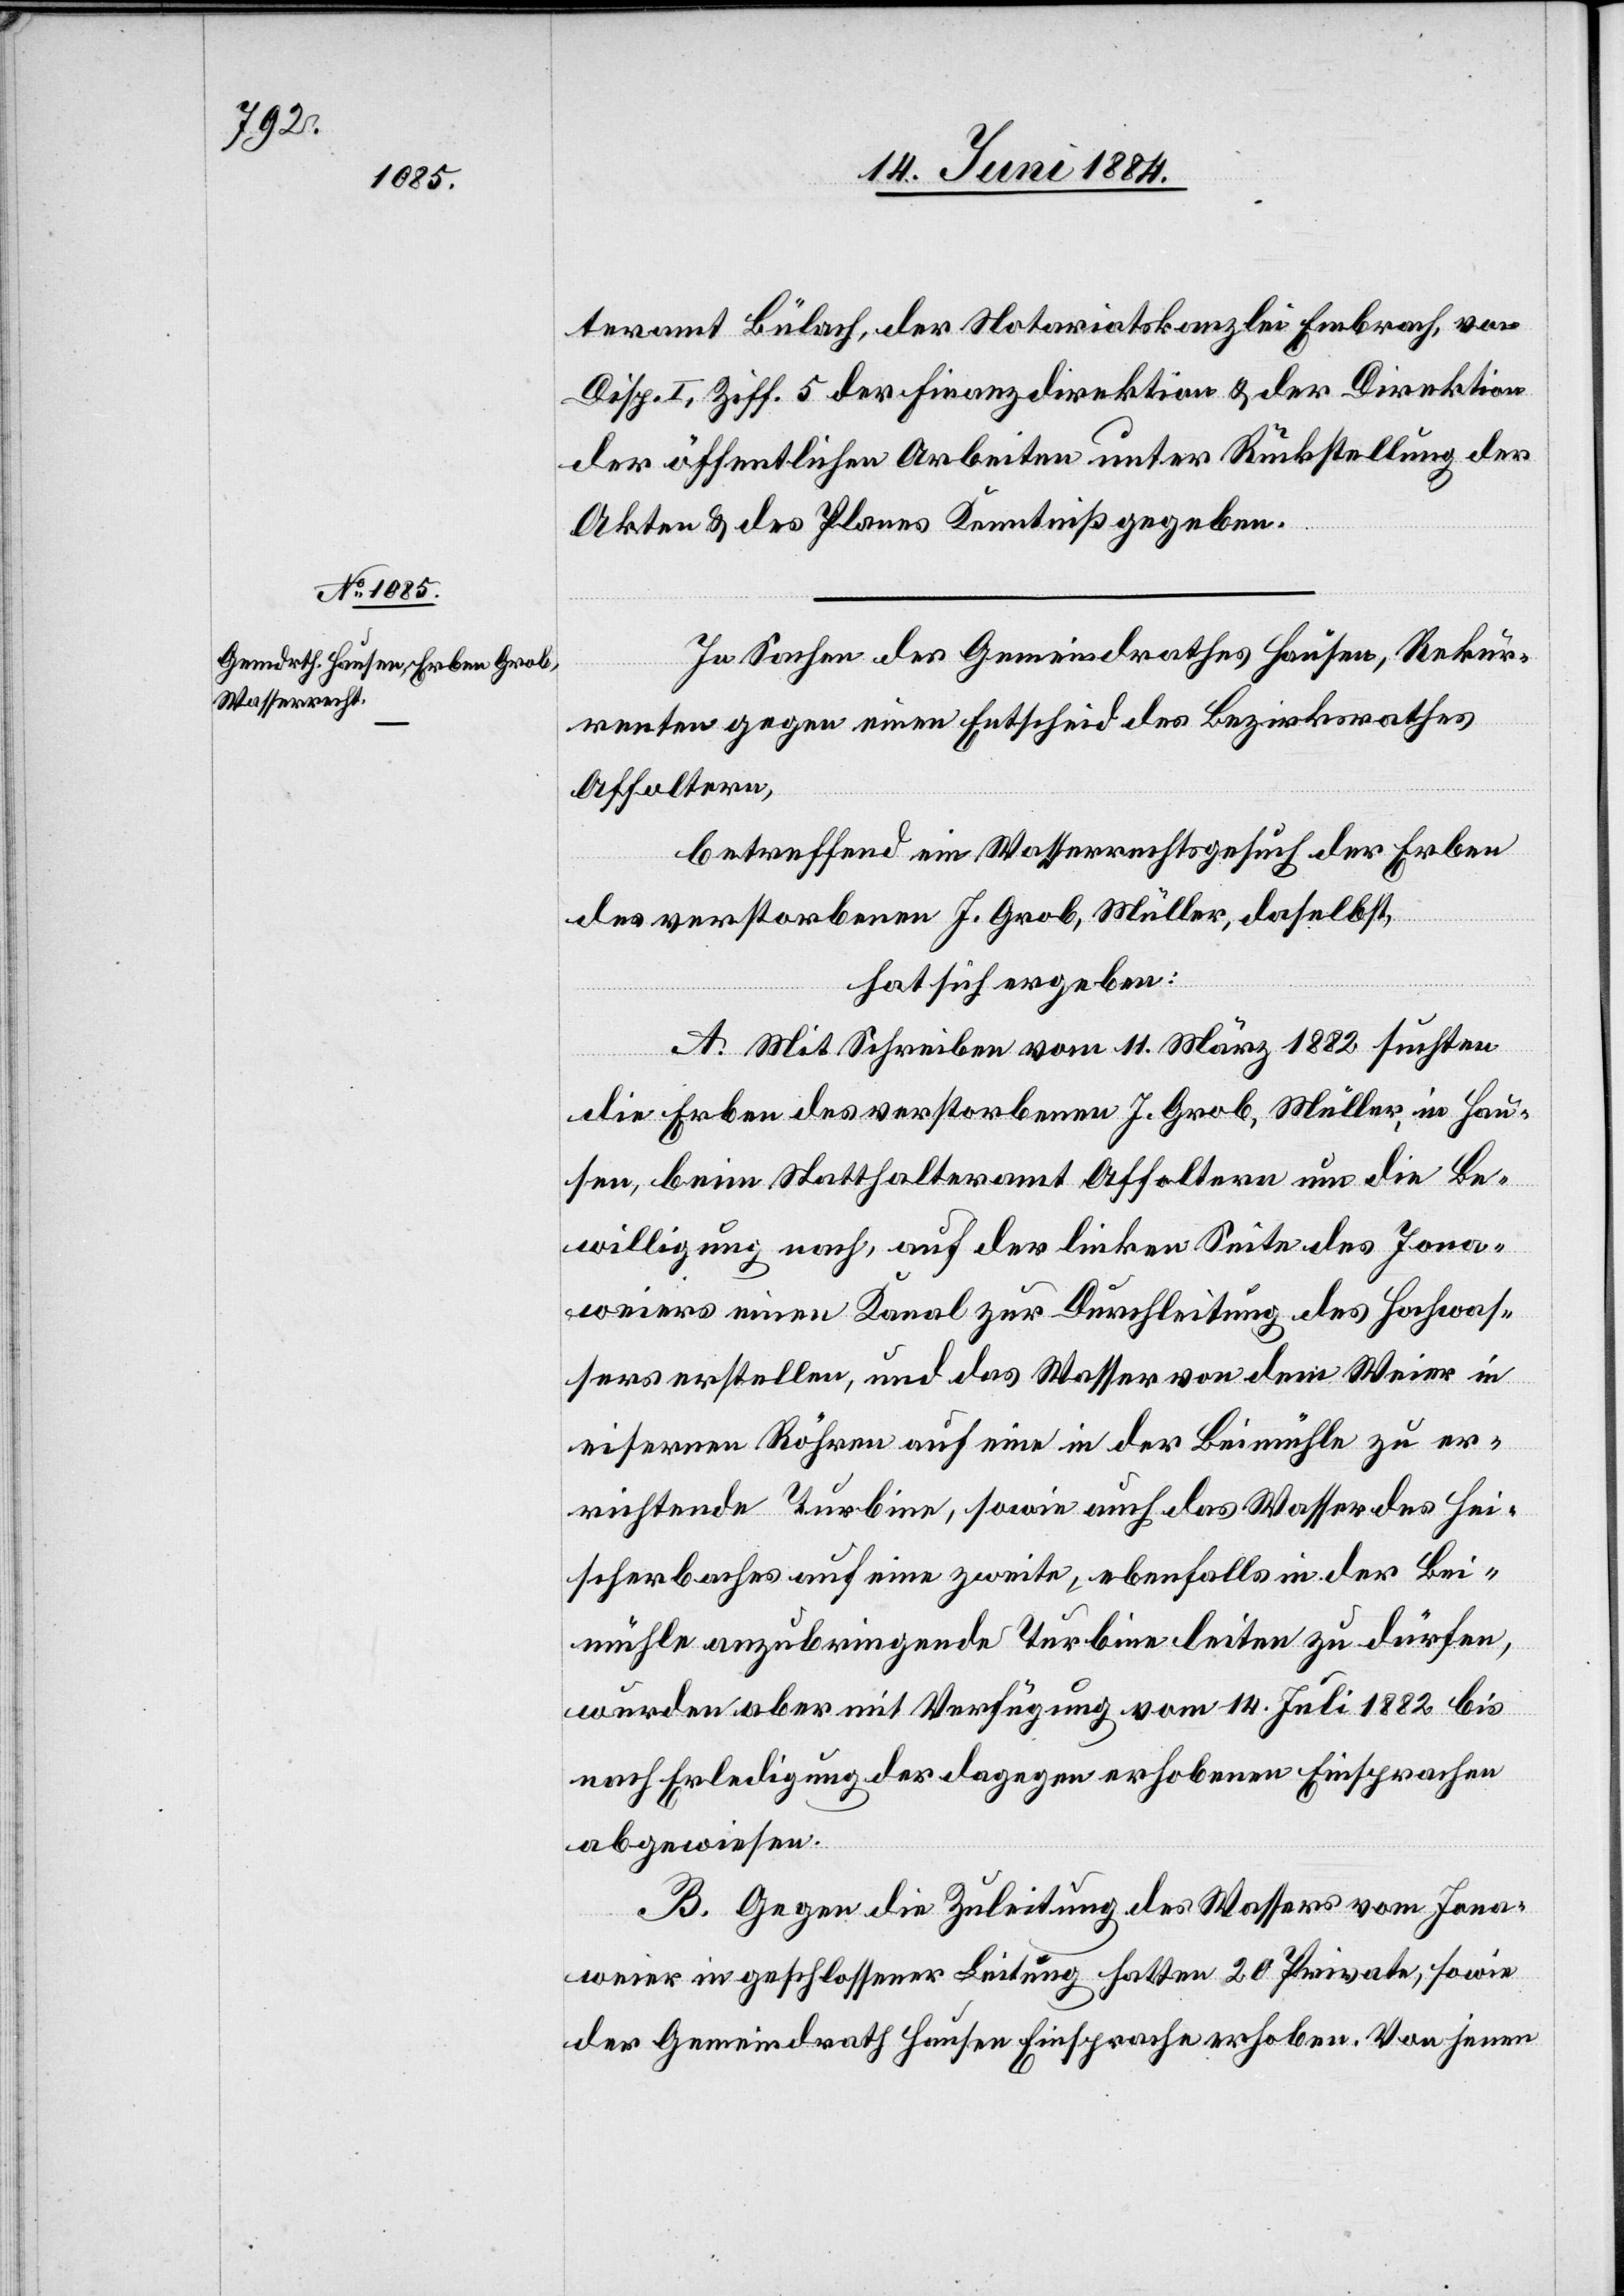
teramt Bülach, der Notariatskanzlei bei Embrach, von
Disp. I, Ziff. 5 der Finanzdirektion & der Direktion
der öffentlichen Arbeiten unter Rückstellung der
Akten & des Planes Kenntniß gegeben.
In Sachen des Gemeindrathes Hausen, Rekur¬
renten gegen einen Beschluß des Bezirksrathes
Affoltern,
betreffend ein Wasserrechtsgesuch der Erben
des verstorbenen J. Grob, Müller, daselbst,
hat sich ergeben:
A. Mit Schreiben vom 11. März 1882 suchten
die Erben des verstorbenen J. Grob, Müller, in Hau¬
sen, beim Statthalteramt Affoltern um die Be¬
willigung nach, auf der linken Seite des Jona¬
weiers einen Kanal zur Durchleitung des Hochwas¬
sers erstellen, und das Wasser von dem Weier in
eisernen Röhren auf eine in der Beimühle zu er¬
richtende Turbine, sowie auch das Wasser des Hei¬
scherbaches auf eine zweite, ebenfalls in der Bei¬
mühle anzubringende Turbine leiten zu dürfen,
wurden aber mit Verfügung vom 14. Juli 1882 bis
nach Erledigung der dagegen erhobenen Einsprachen
abgewiesen.
B. Gegen die Zuleitung des Wassers vom Jona¬
weier in geschlossener Leitung hatten 20 Private, sowie
der Gemeindrath Hausen Einsprachen erhoben. Von jenen